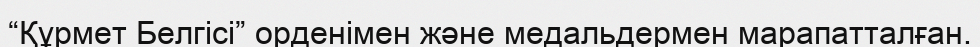
“Құрмет Белгісі” орденімен және медальдермен марапатталған.